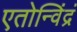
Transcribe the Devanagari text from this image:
एतोन्विंद्रं